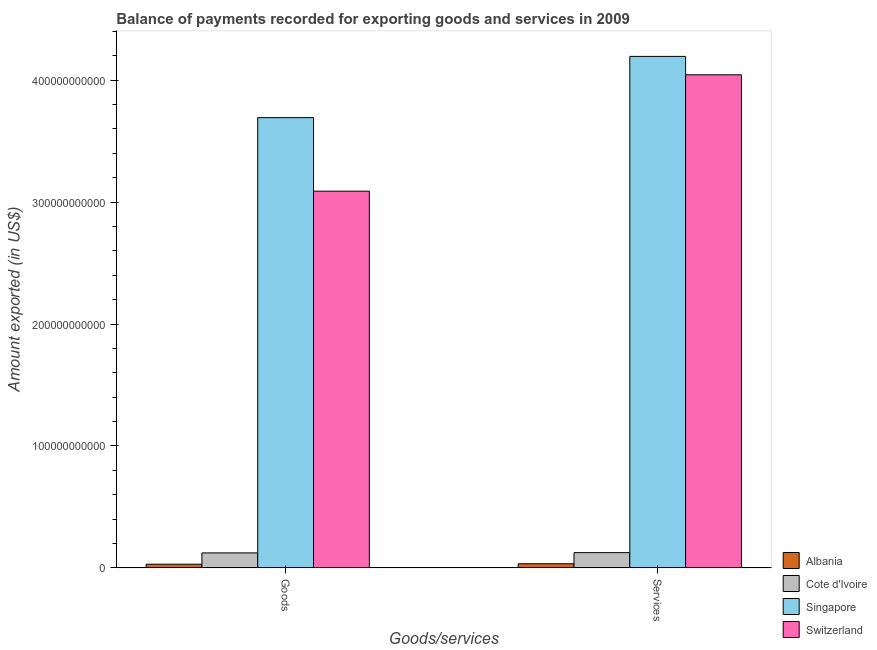
| Goods/services | Albania | Cote d'Ivoire | Singapore | Switzerland |
 | --- | --- | --- | --- | --- |
 | Goods | 3.06e+09 | 1.23e+10 | 3.69e+11 | 3.09e+11 |
 | Services | 3.44e+09 | 1.26e+10 | 4.19e+11 | 4.04e+11 |